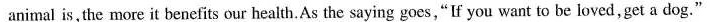
animal is, the more it benefits our health.As the saying goes,"If you want to be loved,get a dog."